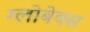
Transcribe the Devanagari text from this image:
ग्लोबेक्स